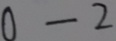
0 - 2